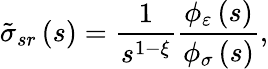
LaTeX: \tilde{\sigma}_{sr}\left(s\right)=\frac{1}{s^{1-\xi}}\frac{\phi_{\varepsilon}\left(s\right)}{\phi_{\sigma}\left(s\right)},